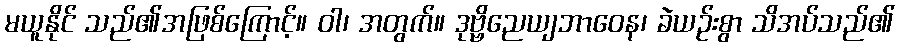
မယူနိုင် သည်၏အဖြစ်ကြောင့်။ ဝါ၊ အတွက်။ ဒုဗ္ဗိညေယျဘာဝေန၊ ခဲယဉ်းစွာ သိအပ်သည်၏